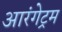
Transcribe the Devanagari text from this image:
आरंगेट्रम